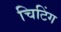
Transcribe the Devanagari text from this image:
चिटिंग